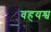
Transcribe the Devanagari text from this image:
वहयश्व